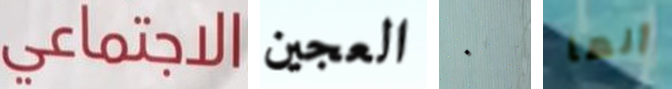
الاجتماعي العجين ٠ أنها